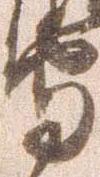
守